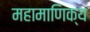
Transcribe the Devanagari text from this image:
महामाणिक्य